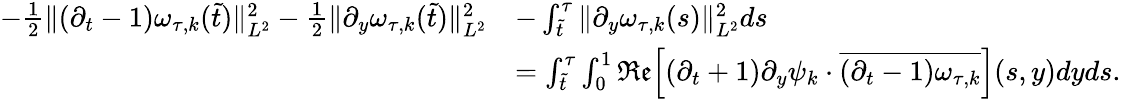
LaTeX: \begin{array}{rl}{-\frac{1}{2}\| (\partial_{t}-1)\omega_{\tau,k}(\tilde{t})\| _{L^{2}}^{2}-\frac{1}{2}\| \partial_{y}\omega_{\tau,k}(\tilde{t})\| _{L^{2}}^{2}}&{-\int_{\tilde{t}}^{\tau}\| \partial_{y}\omega_{\tau,k}(s)\| _{L^{2}}^{2}ds}\\ &{=\int_{\tilde{t}}^{\tau}\int_{0}^{1}{\mathfrak{Re}}\Big[(\partial_{t}+1)\partial_{y}\psi_{k}\cdot\overline{{(\partial_{t}-1)\omega_{\tau,k}}}\Big](s,y)dyds.}\end{array}